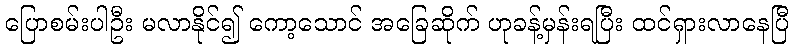
ပြောစမ်းပါဦး မလာနိုင်၍ ကော့သောင် အခြေဆိုက် ဟုခန့်မှန်းရပြီး ထင်ရှားလာနေပြီ